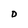
Character: D